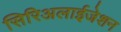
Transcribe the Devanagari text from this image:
सिरिअलाईजेशन